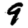
Digit: 9